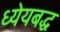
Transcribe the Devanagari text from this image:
ध्येयबद्ध